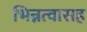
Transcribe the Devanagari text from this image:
भिन्नत्वासह